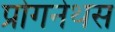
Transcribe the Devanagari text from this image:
प्रोगनेथस